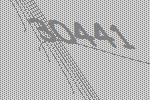
30441